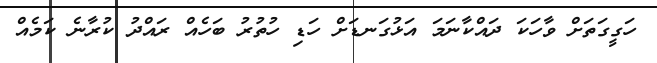
ހަގީގަތަށް ވާހަކަ ދައްކާނަމަ އަޅުގަނޑަށް ހަޑި ހުތުރު ބަހެއް ރައްދު ކުރާނެ ކަމެއް